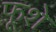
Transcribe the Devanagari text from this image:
फ़ूशे